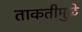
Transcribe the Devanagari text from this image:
ताकतीमुळे